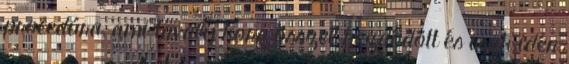
procedúra, ami tavaly kora ősszel kezdődött és csak idén